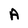
Character: A